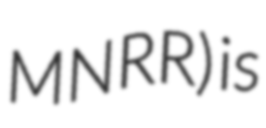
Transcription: MNRR) is